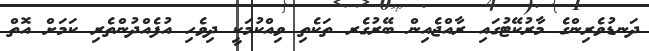
ދަނޑުވެރިންގެ މާރުކޭޓުގައި ރާއްޖެއިން ބޭރުގެރ ތަކެތި ވިއްކުމަކީ ދިވެހި އުފެއްދުންތެރި ކަމަށް އޮތް